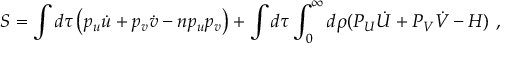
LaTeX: S = \int d \tau \left( p _ { u } \dot { u } + p _ { v } \dot { v } - n p _ { u } p _ { v } \right) + \int d \tau \int _ { 0 } ^ { \infty } d \rho ( P _ { U } \dot { U } + P _ { V } \dot { V } - H ) \ ,